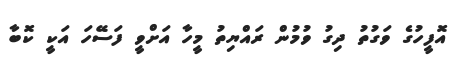
އޮފީހުގެ ވަގުތު ދިގު ވުމުން ރައްޔިތު މީހާ އަށްވީ ފަސޭހަ އަކީ ކޮބާ